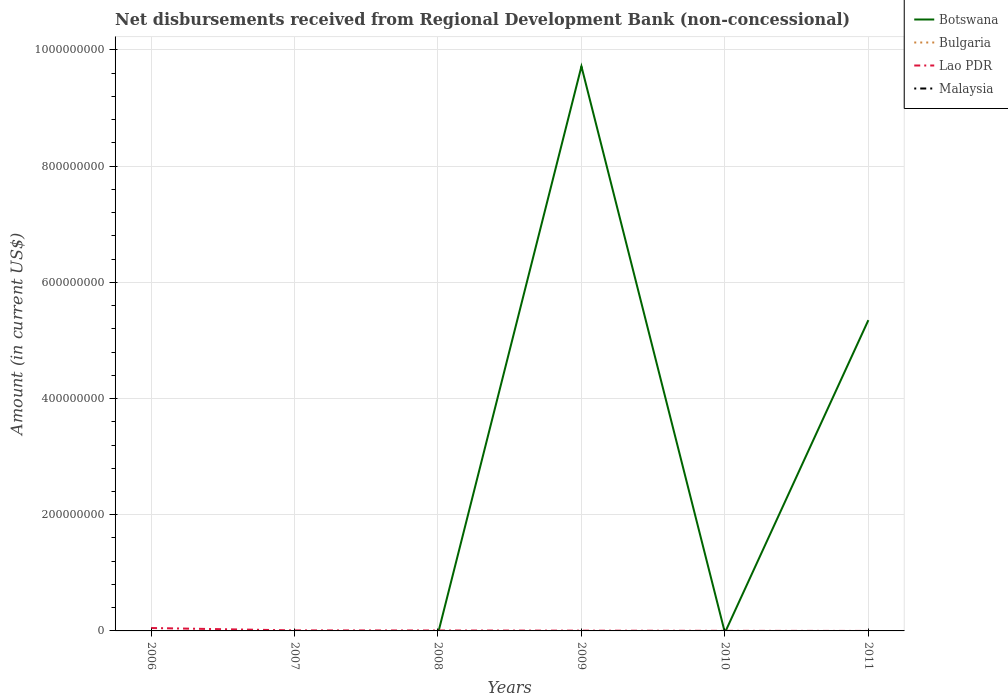
| Years | Botswana | Bulgaria | Lao PDR | Malaysia |
 | --- | --- | --- | --- | --- |
 | 2006 | -8.95e+06 | -7.08e+06 | 4.99e+06 | -5.46e+07 |
 | 2007 | -9.03e+06 | -1.48e+07 | 9.09e+05 | -3.65e+07 |
 | 2008 | -4.66e+06 | -2.58e+06 | 7.44e+05 | -3.45e+07 |
 | 2009 | 9.72e+08 | -1.36e+07 | 4.51e+05 | -4.03e+07 |
 | 2010 | -3e+06 | -1.18e+07 | 1.52e+05 | -2.15e+07 |
 | 2011 | 5.35e+08 | -6.87e+06 | -1.7e+04 | -1.86e+07 |